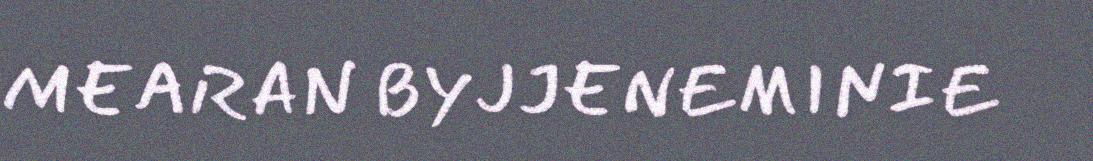
MEARAN BYJJENEMINIE